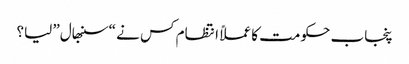
پنجاب حکومت کا عملاً انتظام کس نے “سنبھال” لیا؟